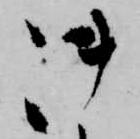
御